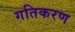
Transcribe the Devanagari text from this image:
गतिकरण